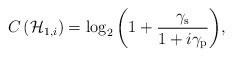
\begin{align*}C\left( { \mathcal{H} }_{ 1,i } \right) =\log _{ 2 }{ \left( 1+\frac { { \gamma }_{ \mathrm{s} } }{ 1+i { \gamma }_{ \mathrm{p} } } \right) },\end{align*}